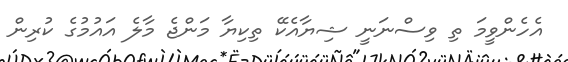
އެހެންވީމަ ތި ވިސްނަނީ ޝިޔާއެކޭ ތިކިޔާ މަންޖެ މާލެ އައުމުގެ ކުރިން